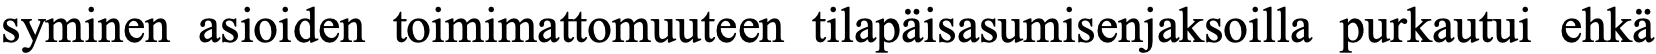
syminen asioiden toimimattomuuteen tilapäisasumisenjaksoilla purkautui ehkä